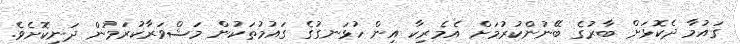
ގައުމާ ދެކޮޅަށް ބާރުގެ ބޭނުންކުރުމަށް އެމެރިކާ އިން ހުޅަނގުގެ ގައުމުތަކުން މަޝްވަރާކުރަމުން ދަނިކޮށެވެ.